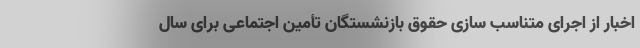
اخبار از اجرای متناسب سازی حقوق بازنشستگان تأمین اجتماعی برای سال